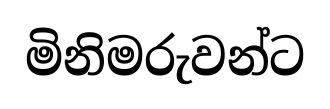
මිනිමරුවන්ට